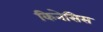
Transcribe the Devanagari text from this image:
किनेसिस